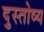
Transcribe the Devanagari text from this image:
दुस्तोष्य